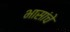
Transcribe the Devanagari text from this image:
भासांचे